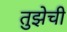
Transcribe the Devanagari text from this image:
तुझेची